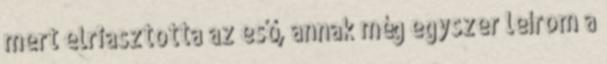
mert elriasztotta az eső, annak még egyszer leírom a